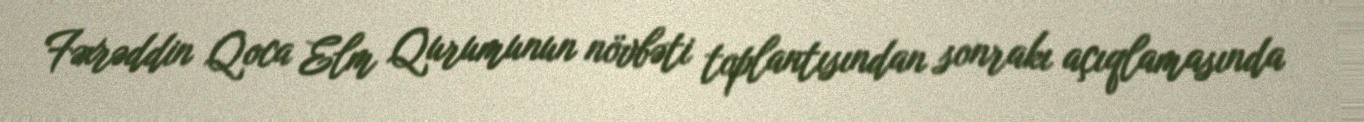
Fəxrəddin Qoca Elm Qurumunun növbəti toplantısından sonrakı açıqlamasında